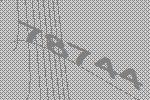
78744